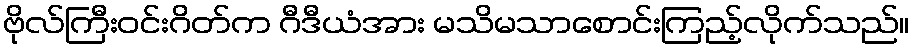
ဗိုလ်ကြီးဝင်းဂိတ်က ဂီဒီယံအား မသိမသာစောင်းကြည့်လိုက်သည်။